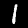
Digit: 1